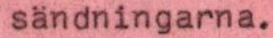
sändningarna.